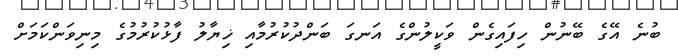
ބުނެ އޭގެ ބޭނުން ހިފައިގެން ވަކީލުންގެ އަނގަ ބަންދުކުރުމާއި ޚިޔާލު ފާޅުކުރުމުގެ މިނިވަންކަމަށް